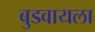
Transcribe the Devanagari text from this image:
बुडवायला